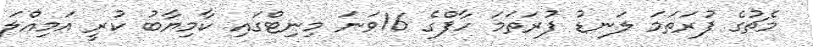
މެޗުގެ ފުރަތަމަ ލަނޑު ފުރަތަމަ ހާފްގެ 16ވަނަ މިނިޓްގައި ކާމިޔާބު ކުރީ އަމިއްލަ